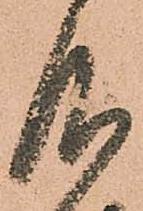
仰